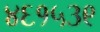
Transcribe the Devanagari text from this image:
४६१५३९